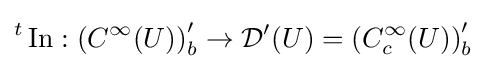
{}^{t}\operatorname {In} :\left(C^{\infty }(U)\right)_{b}^{\prime }\to {\mathcal {D}}^{\prime }(U)=\left(C_{c}^{\infty }(U)\right)_{b}^{\prime }